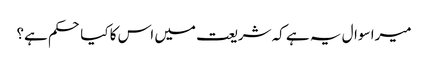
میرا سوال یہ ہے کہ شریعت میں اس کا کیا حکم ہے؟